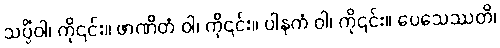
သပ္ပိံဝါ၊ ကို၎င်း။ ဖာဏိတံ ဝါ၊ ကို၎င်း။ ပါနကံ ဝါ၊ ကို၎င်း။ ပေသေဿတိ၊